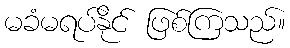
မခံမရပ်နိုင် ဖြစ်ကြသည်။